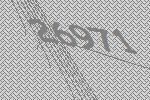
26971